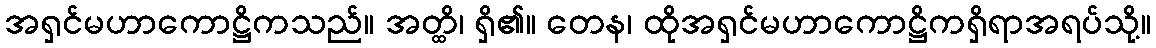
အရှင်မဟာကောဋ္ဌိကသည်။ အတ္ထိ၊ ရှိ၏။ တေန၊ ထိုအရှင်မဟာကောဋ္ဌိကရှိရာအရပ်သို့။